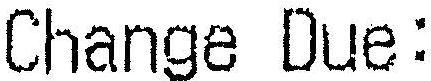
CHANGE DUE: